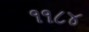
૧૧૮૪